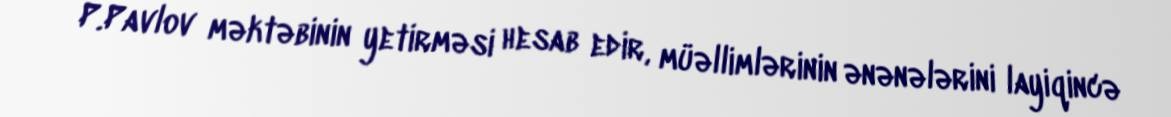
P.Pavlov məktəbinin yetirməsi hesab edir, müəllimlərinin ənənələrini layiqincə